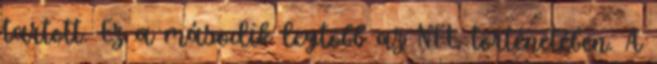
tartott. Ez a második legtöbb az NFL történetében. A